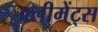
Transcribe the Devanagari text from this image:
क्लीमेंट्स